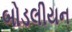
બોડલીયન